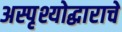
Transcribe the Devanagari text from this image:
अस्पृश्योद्धाराचे